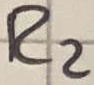
Text: R2